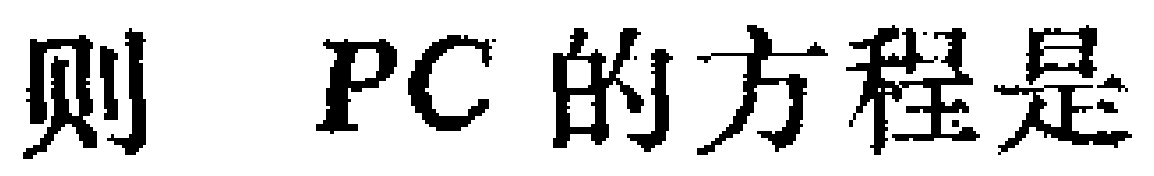
则 \(PC\) 的方程是